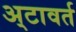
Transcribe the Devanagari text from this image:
अ्टावर्त